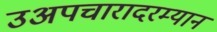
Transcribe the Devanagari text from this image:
उअपचारादरम्यान